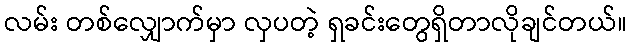
လမ်း တစ်လျှောက်မှာ လှပတဲ့ ရှခင်းတွေရှိတာလိုချင်တယ်။